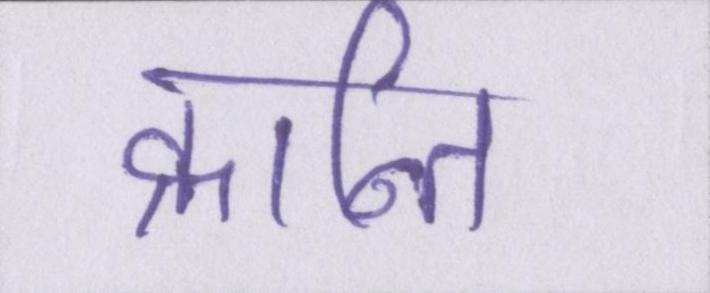
क्रान्ति